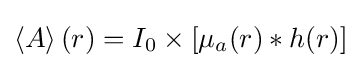
\left\langle A\right\rangle (r)=I_{0}\times [\mu _{a}(r)*h(r)]